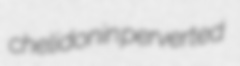
chelidonin perverted